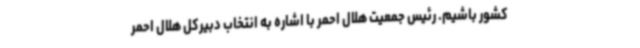
کشور باشیم. رئیس جمعیت هلال احمر با اشاره به انتخاب دبیرکل هلال احمر